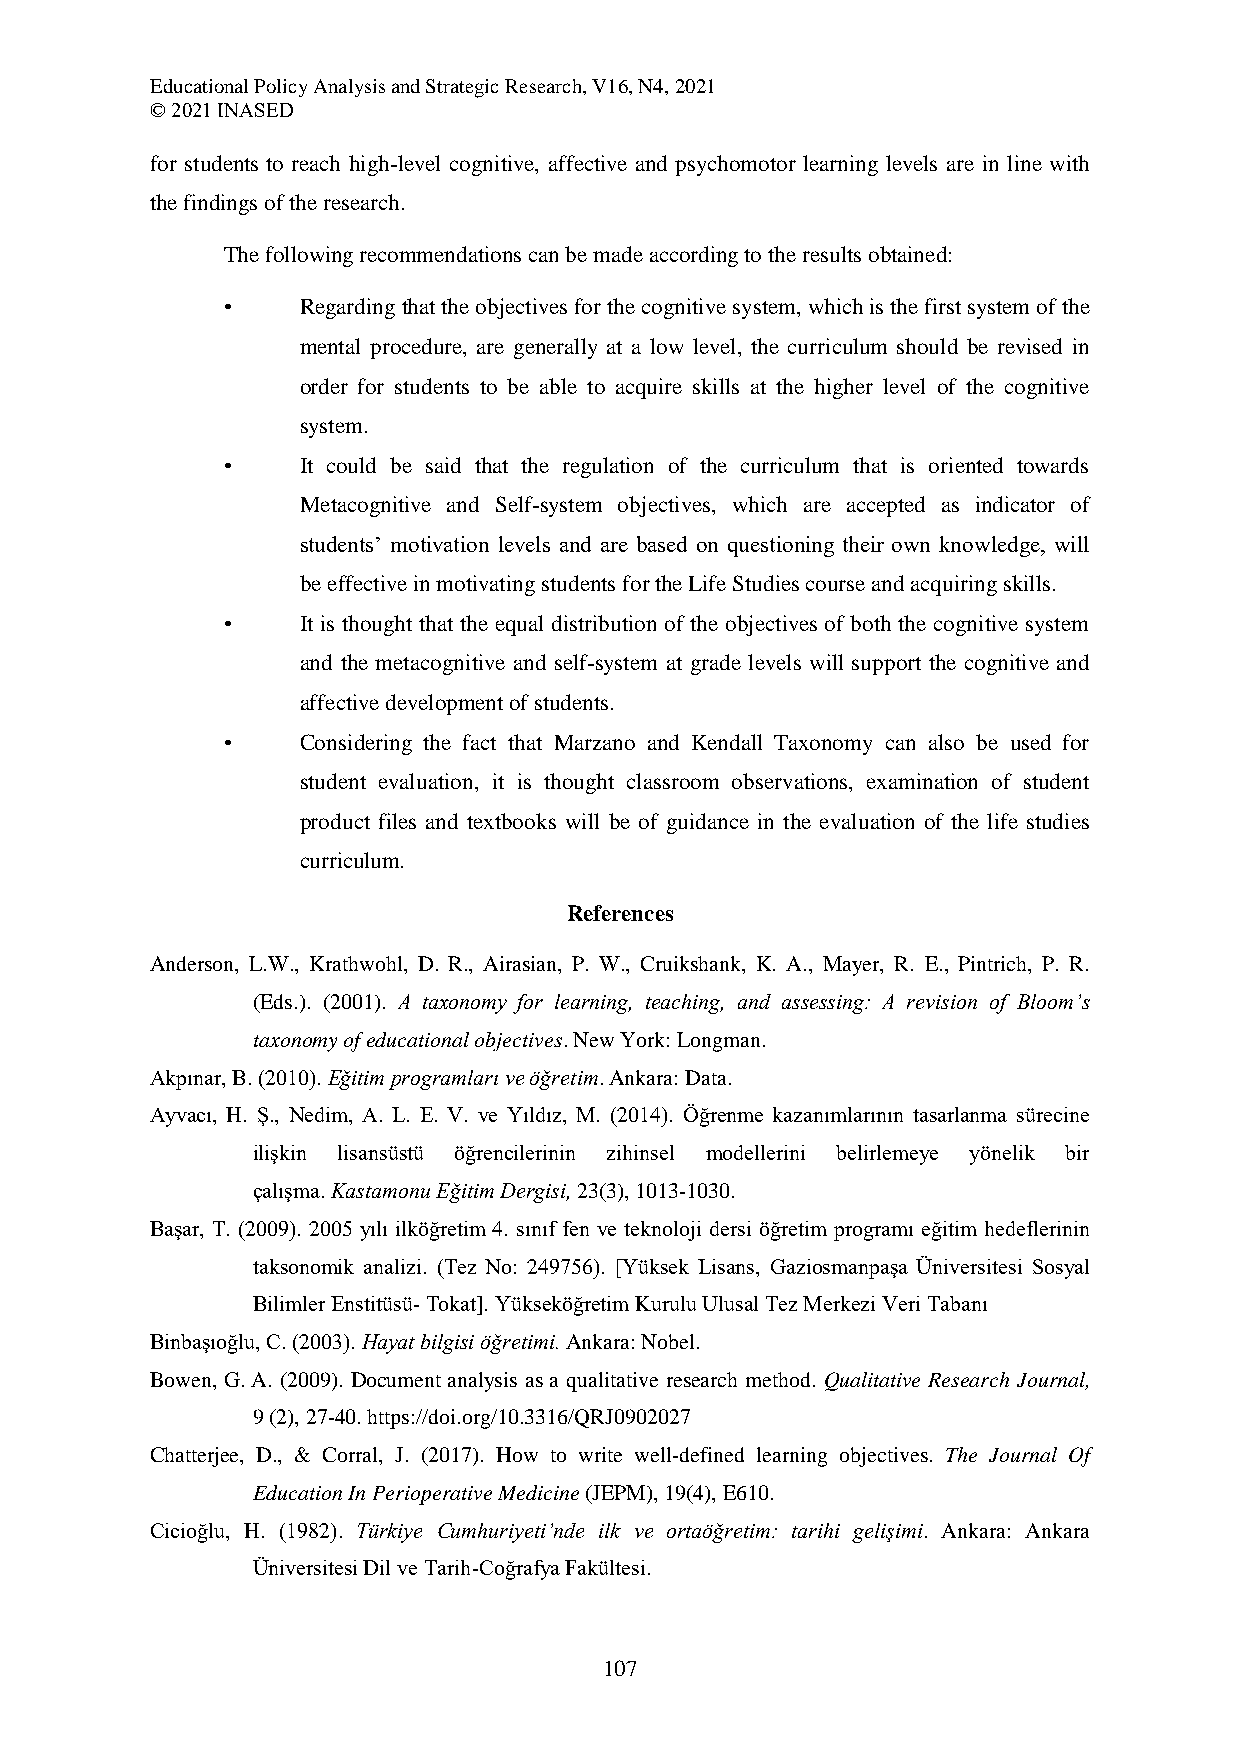
Educational Policy Analysis and Strategic Research, V16, N4, 2021
 © 2021 INASED
 for students to reach high-level cognitive, affective and psychomotor learning levels are in line with
 the findings of the research.
 The following recommendations can be made according to the results obtained:
 •    Regarding that the objectives for the cognitive system, which is the first system of the
 mental procedure, are generally at a low level, the curriculum should be revised in
 order for students to be able to acquire skills at the higher level of the cognitive
 system.
 •    It could be said that the regulation of the curriculum that is oriented towards
 Metacognitive and Self-system objectives, which are accepted as indicator of
 students’ motivation levels and are based on questioning their own knowledge, will
 be effective in motivating students for the Life Studies course and acquiring skills.
 •    It is thought that the equal distribution of the objectives of both the cognitive system
 and the metacognitive and self-system at grade levels will support the cognitive and
 affective development of students.
 •    Considering the fact that Marzano and Kendall Taxonomy can also be used for
 student evaluation, it is thought classroom observations, examination of student
 product files and textbooks will be of guidance in the evaluation of the life studies
 curriculum.
 References
 Anderson, L.W., Krathwohl, D. R., Airasian, P. W., Cruikshank, K. A., Mayer, R. E., Pintrich, P. R.
 (Eds.). (2001). A taxonomy for learning, teaching, and assessing: A revision of Bloom’s
 taxonomy of educational objectives. New York: Longman.
 Akpınar, B. (2010). Eğitim programları ve öğretim. Ankara: Data.
 Ayvacı, H. Ş., Nedim, A. L. E. V. ve Yıldız, M. (2014). Öğrenme kazanımlarının tasarlanma sürecine
 ilişkin lisansüstü öğrencilerinin zihinsel modellerini belirlemeye yönelik bir
 çalışma. Kastamonu Eğitim Dergisi, 23(3), 1013-1030.
 Başar, T. (2009). 2005 yılı ilköğretim 4. sınıf fen ve teknoloji dersi öğretim programı eğitim hedeflerinin
 taksonomik analizi. (Tez No: 249756). [Yüksek Lisans, Gaziosmanpaşa Üniversitesi Sosyal
 Bilimler Enstitüsü- Tokat]. Yükseköğretim Kurulu Ulusal Tez Merkezi Veri Tabanı
 Binbaşıoğlu, C. (2003). Hayat bilgisi öğretimi. Ankara: Nobel.
 Bowen, G. A. (2009). Document analysis as a qualitative research method. Qualitative Research Journal,
 9 (2), 27-40. https://doi.org/10.3316/QRJ0902027
 Chatterjee, D., & Corral, J. (2017). How to write well-defined learning objectives. The Journal Of
 Education In Perioperative Medicine (JEPM), 19(4), E610.
 Cicioğlu, H. (1982). Türkiye Cumhuriyeti’nde ilk ve ortaöğretim: tarihi gelişimi. Ankara: Ankara
 Üniversitesi Dil ve Tarih-Coğrafya Fakültesi.
 107